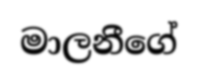
මාලනීගේ